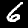
Digit: 6